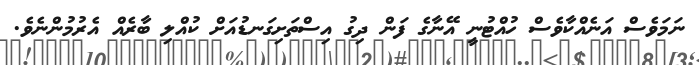
ނަމަވެސް އަނެއްކާވެސް ހުއްޓުނީ އޭނާގެ ފަން ދިގު އިސްތަށިގަނޑުއަށް ކުއްލި ބާރެއް އެރުމުންނެވެ.